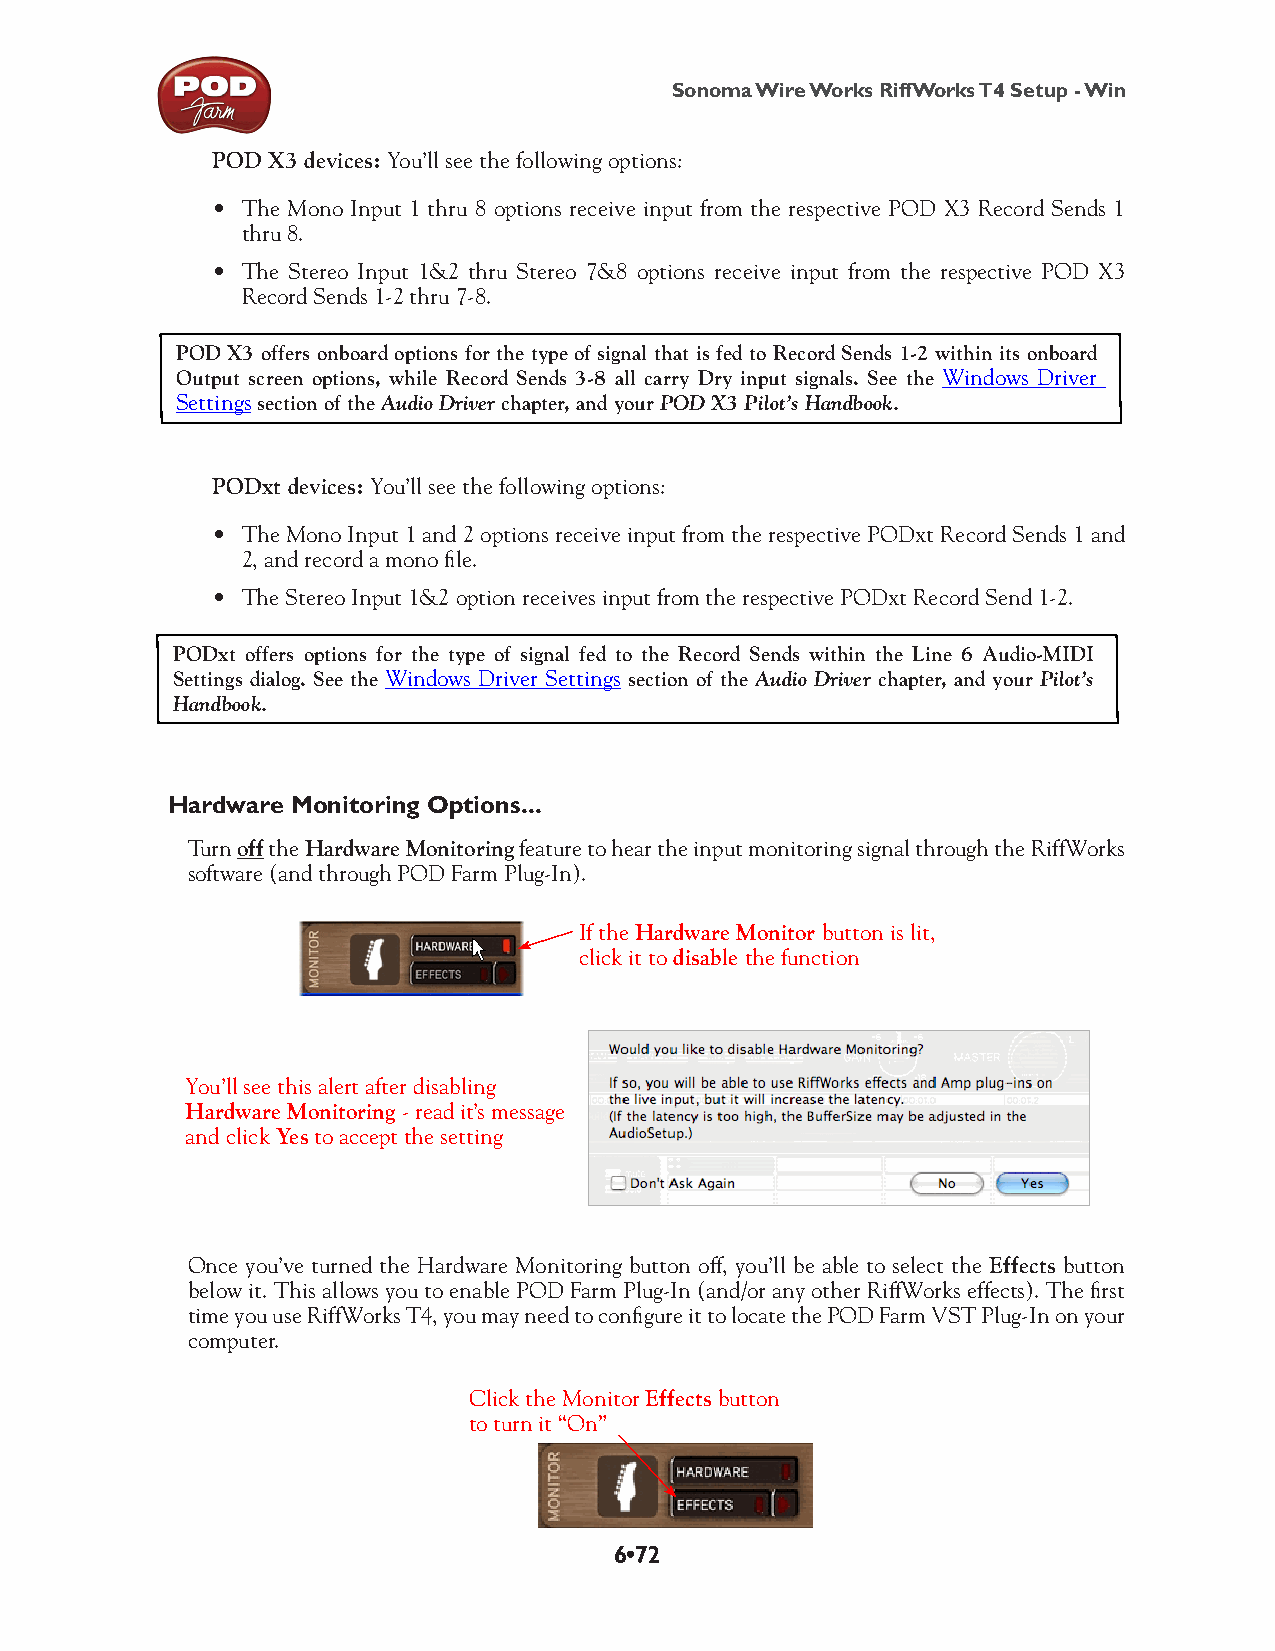
Sonoma Wire Works RiffWorks T4 Setup - Win
 POD X3 devices: You’ll see the following options:
 • The Mono Input 1 thru 8 options receive input from the respective POD X3 Record Sends 1
 thru 8.
 • The Stereo Input 1&2 thru Stereo 7&8 options receive input from the respective POD X3
 Record Sends 1-2 thru 7-8.
 POD X3 offers onboard options for the type of signal that is fed to Record Sends 1-2 within its onboard
 Output screen options, while Record Sends 3-8 all carry Dry input signals. See the Windows Driver
 Settings section of the Audio Driver chapter, and your POD X3 Pilot’s Handbook.
 PODxt devices: You’ll see the following options:
 • The Mono Input 1 and 2 options receive input from the respective PODxt Record Sends 1 and
 2, and record a mono file.
 • The Stereo Input 1&2 option receives input from the respective PODxt Record Send 1-2.
 PODxt offers options for the type of signal fed to the Record Sends within the Line 6 Audio-MIDI
 Settings dialog. See the Windows Driver Settings section of the Audio Driver chapter, and your Pilot’s
 Handbook.
 Hardware Monitoring Options...
 Turn off the Hardware Monitoring feature to hear the input monitoring signal through the RiffWorks
 software (and through POD Farm Plug-In).
 If the Hardware Monitor button is lit,
 click it to disable the function
 You’ll see this alert after disabling
 Hardware Monitoring - read it’s message
 and click Yes to accept the setting
 Once you’ve turned the Hardware Monitoring button off, you’ll be able to select the Effects button
 below it. This allows you to enable POD Farm Plug-In (and/or any other RiffWorks effects). The first
 time you use RiffWorks T4, you may need to configure it to locate the POD Farm VST Plug-In on your
 computer.
 Click the Monitor Effects button
 to turn it “On”
 6•72